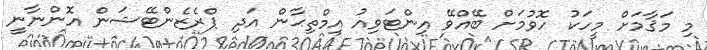
މި މަޤާމަށް މީހަކު ހޮވުމަށް ބޭއްވޭ އިންޓަވިއު އިމްތިޙާން އަދި ޕްރެޒެންޓޭޝަން އޮންނާނީ